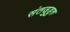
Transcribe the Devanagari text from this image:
संतजुडुरु